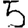
Digit: 5